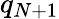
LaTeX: q_{N+1}